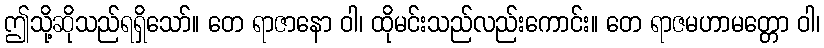
ဤသို့ဆိုသည်ရရှိသော်။ တေ ရာဇာနော ဝါ၊ ထိုမင်းသည်လည်းကောင်း။ တေ ရာဇမဟာမတ္တော ဝါ၊